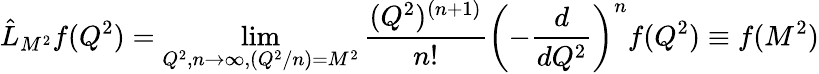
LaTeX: \hat{L}{}_{M^{2}}f(Q^{2})=\operatorname*{lim}_{Q^{2},n\rightarrow\infty,(Q^{2}/n)=M^{2}}\frac{(Q^{2})^{(n+1)}}{n!}\left(-\frac{d}{dQ^{2}}\right)^{n}f(Q^{2})\equiv f(M^{2})